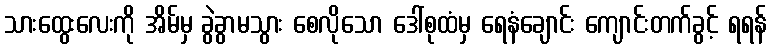
သားထွေးလေးကို အိမ်မှ ခွဲခွာမသွား စေလိုသော ဒေါ်စုထံမှ ရေနံချောင်း ကျောင်းတက်ခွင့် ရရန်